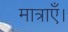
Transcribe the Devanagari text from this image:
मात्राएँ।